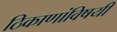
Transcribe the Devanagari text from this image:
ठिकाणांविषयी